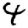
Digit: 4